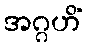
အဂ္ဂဟိံ